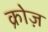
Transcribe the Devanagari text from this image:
क्रोज़